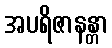
အပရိဇာနန္တာ